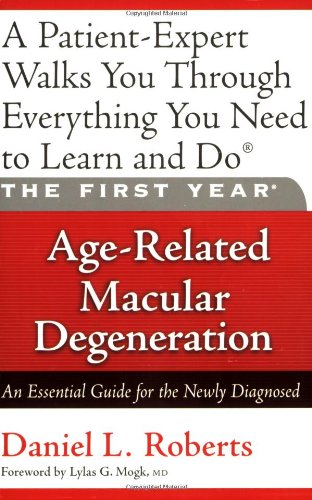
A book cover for The First Year: Age-Related Macular Degeneration: An Essential Guide for the Newly Diagnosed; Daniel L. Roberts; Health, Fitness & Dieting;